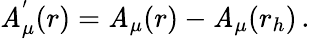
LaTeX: \mathit{A}_{\mu}^{'}(r)=\mathit{A}_{\mu}(r)-\mathit{A}_{\mu}(r_{h})\, .